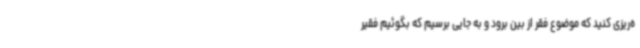
ه‌ریزی کنید که موضوع فقر از بین برود و به جایی برسیم که بگوئیم فقیر